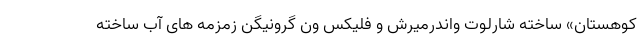
کوهستان» ساخته شارلوت واندرمیرش و فلیکس ون گرونیگن زمزمه های آب ساخته